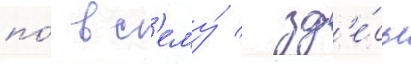
по́ вс'ему́ / зд'е́сь